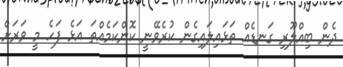
ދެން ބިއްލޫރި ގަނޑެއް ތަޅައިލައިގެން ކުރެވޭނީ ކޮންކަމެއްތަ އަޅެ ފަހެ މީ ވަރަށް